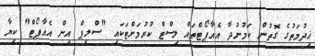
ޚިދުމަތުގެ ގޮތުން ކަމުނުދާ އެއާޕޯޓްތައް ލިސްޓް ކުރުމަށްޓަކައި "ސްލީޕް އިން އެއާޕޯޓް" ކިޔާ